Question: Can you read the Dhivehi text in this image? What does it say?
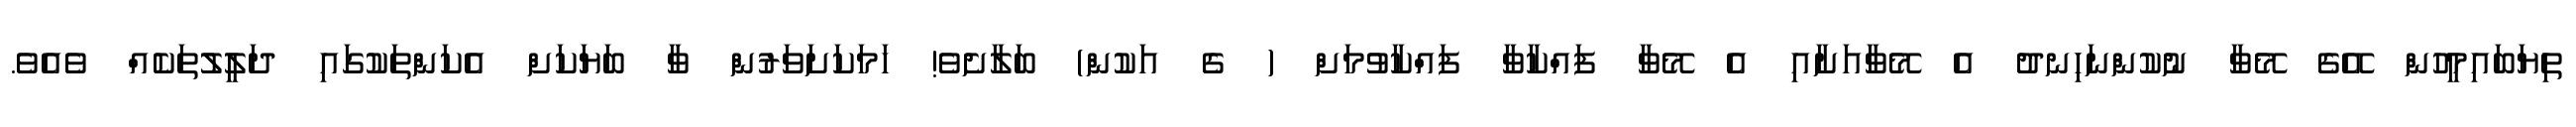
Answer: ތިޔަބައިމީހުން އޭގެ މޭވާ ނުކުންނަހިނދު އެ މޭވާއަށާއި އެ މޭވާ ފައްކާވާ ފައްކާވުމަށް ( ގެ އަކުން) ބަލާށެވެ! ހަމަކަށަވަރުން ވާ ބަޔަކަށް އެކަންތަކުގައި ދަލީލުތަކެއް ވެއެވެ.